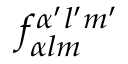
f _ { \alpha l m } ^ { \alpha ^ { \prime } l ^ { \prime } m ^ { \prime } }